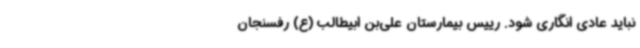
نباید عادی انگاری شود. رییس بیمارستان علی‌بن ابیطالب (ع) رفسنجان